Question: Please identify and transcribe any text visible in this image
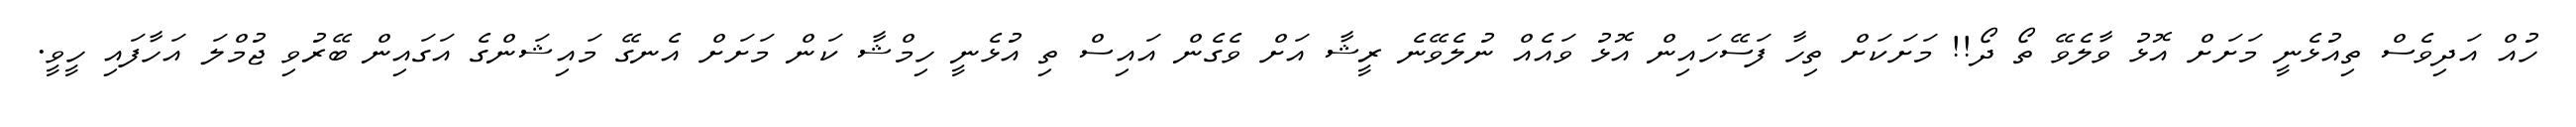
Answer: ހުއް އަދިވެސް ތިއުޅެނީ މަށަށް އޮޅު ވާލެވޭ ތޯ ދޯ!! މަށަކަށް ތިހާ ފަސޭހައިން އޮޅު ވައެއް ނުލެވޭނެ ރީޝާ އަށް ވެގެން އައިސް ތި އުޅެނީ ހިމްޝާ ކަން މަށަށް އެނގޭ މައިޝަންގެ އަގައިން ބޭރުވި ޖުމްލަ އަހާފައި ހީވީ.